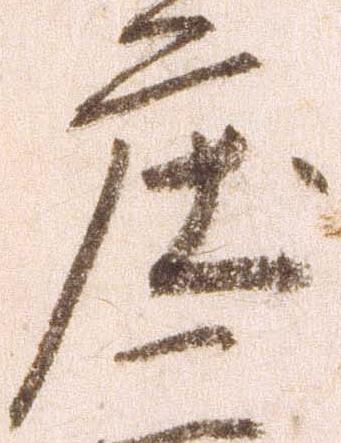
庄